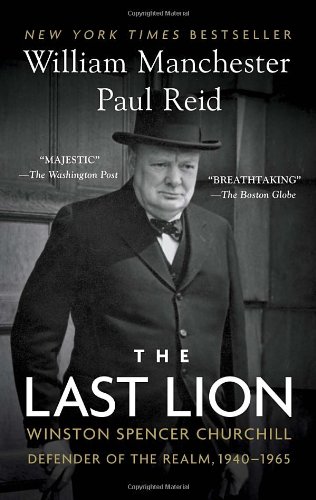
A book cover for The Last Lion: Winston Spencer Churchill: Defender of the Realm, 1940-1965; William Manchester; Biographies & Memoirs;